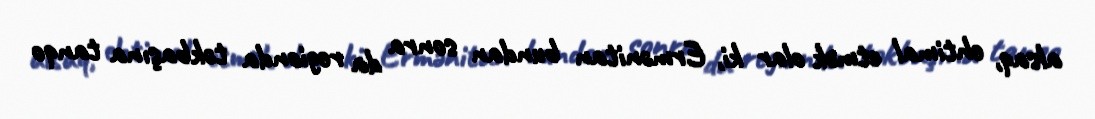
alsaq, ehtimal etmək olar ki, Ermənitan bundan sonra da regionda təkbaşına tanqo